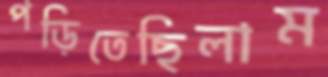
পড়িতেছিলাম